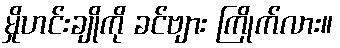
မှိုဟင်းချိုကို ခင်ဗျား ကြိုက်လား။